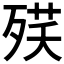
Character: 𣨘